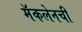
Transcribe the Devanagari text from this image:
मॅकलेनची